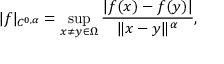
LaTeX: | f | _ { C ^ { 0 , \alpha } } = \operatorname* { s u p } _ { x \neq y \in \Omega } { \frac { | f ( x ) - f ( y ) | } { \| x - y \| ^ { \alpha } } } ,